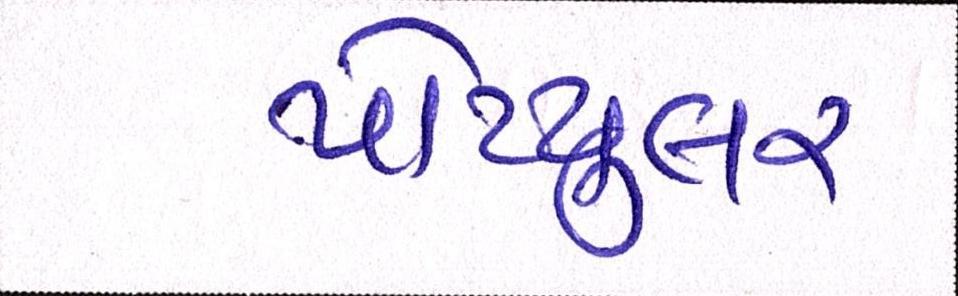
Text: પોપ્યુલર